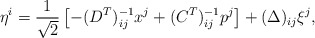
\begin{align*}\eta^{i}=\frac{1}{\sqrt{2}}\left[-(D^{T})^{-1}_{ij}x^{j}+(C^{T})^{-1}_{ij}p^{j}\right]+(\Delta)_{ij}\xi^{j},\end{align*}